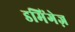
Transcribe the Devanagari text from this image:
डमिंगेज़